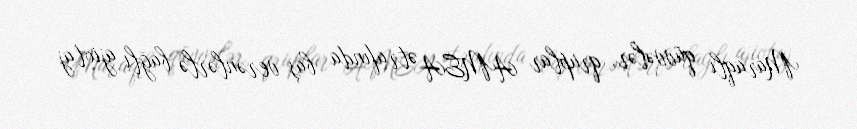
Maraqlı qüvvələr, qruplar AMEA ətrafında baş verənlərlə bağlı ajiotaj